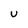
Character: U